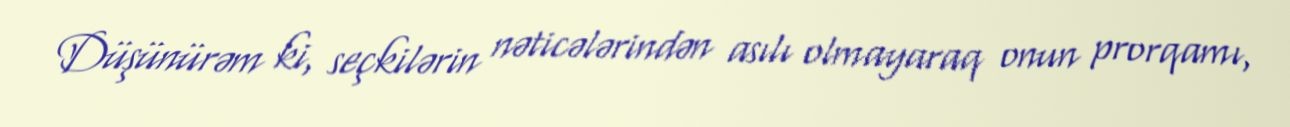
Düşünürəm ki, seçkilərin nəticələrindən asılı olmayaraq onun prorqamı,